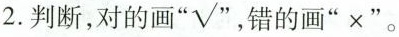
2.判断，对的画”☑”，错的画”×”。